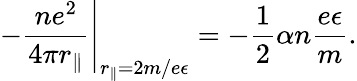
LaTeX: \left.-\frac{ne^{2}}{4\pi r_{\Vert}}\right\vert_{r_{\Vert}=2m/e\epsilon}=-\frac 12\alpha n\frac{e\epsilon}{m}.